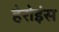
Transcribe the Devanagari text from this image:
हेरोइंस